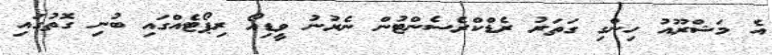
އެ މަޝްރޫއު ހިންގި ގަތަރު ރެޑްކްރެސެންޓުން ނެރުނު ވީޑިއޯ ރިޕޯޓެއްގައި ބުނި ގޮތުގައި